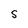
Character: S